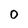
Character: 0